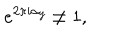
LaTeX: e ^ { 2 \pi i \alpha _ { j } } \neq 1 ,